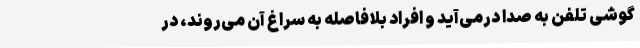
گوشی تلفن به صدا درمی‌آید و افراد بلافاصله به سراغ آن می‌روند، در